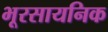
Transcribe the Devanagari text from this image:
भूरसायनिक